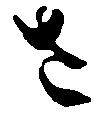
さ